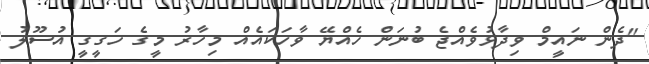
"ދެން ނައީމް ވިދާޅުވެއްޖެ ބުނަން ހެއްޔޭ ވާހަކައެއް މިހާރު މީގެ ހަގީގީ އުސޫލު